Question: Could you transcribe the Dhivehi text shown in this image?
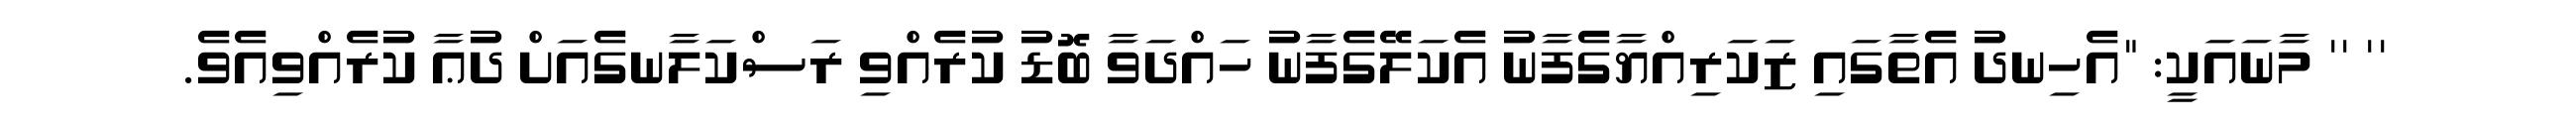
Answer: '' '' މާނައަކީ: "އެހިނދު އެތާގައި ޒަކަރިއްޔާގެފާނު އެކަލޭގެފާނު ހައްދަވާ ބޮޑު ކުރެއްވި ރަސްކަލާނގެއަށް ދުޢާ ކުރެއްވިއެވެ.